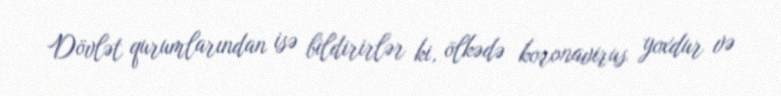
Dövlət qurumlarından isə bildirirlər ki, ölkədə koronavirus yoxdur və